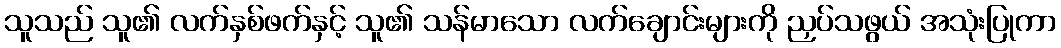
သူသည် သူ၏ လက်နှစ်ဖက်နှင့် သူ၏ သန်မာသော လက်ချောင်းများကို ညှပ်သဖွယ် အသုံးပြုကာ